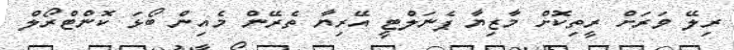
ރިލޭ ވަރަށް ރީތިކޮށް މާޒިޔާ ޕެނަލްޓީ އޭރިޔާ ތެރޭން މެއިން ބޯޅަ ކޮންޓްރޯލް